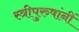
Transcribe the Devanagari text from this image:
स्त्रीपुरुषांनीं